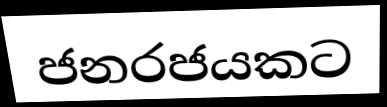
ජනරජයකට